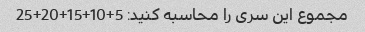
مجموع این سری را محاسبه کنید: 5+10+15+20+25